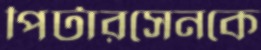
পিটারসেনকে